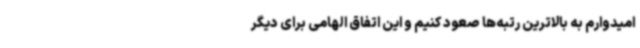
امیدوارم به بالاترین رتبه‌ها صعود کنیم و این اتفاق الهامی برای دیگر